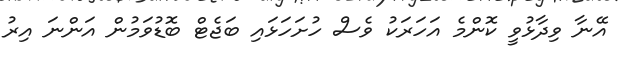
އޭނާ ވިދާޅުވީ ކޮންމެ އަހަރަކު ވެސް ހުށަހަޅައި ބަޖެޓް ބޮޑުވަމުން އަންނަ އިރު